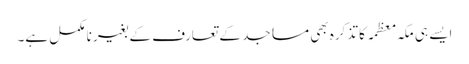
ایسے ہی مکہ معظمہ کا تذکرہ بھی مساجد کے تعارف کے بغیر نا مکمل ہے۔